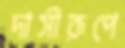
দাসীরূপে